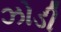
ઝોડી